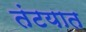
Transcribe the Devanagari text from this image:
तंटयात